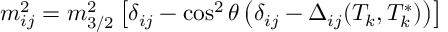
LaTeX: m _ { i j } ^ { 2 } = m _ { 3 / 2 } ^ { 2 } \left[ \delta _ { i j } - \cos ^ { 2 } \theta \left( \delta _ { i j } - \Delta _ { i j } ( T _ { k } , T _ { k } ^ { * } ) \right) \right]